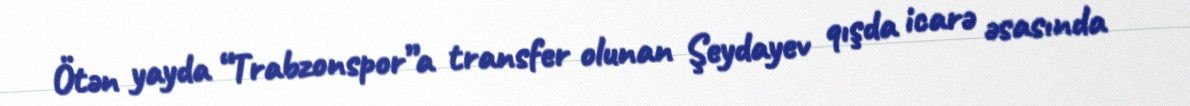
Ötən yayda “Trabzonspor”a transfer olunan Şeydayev qışda icarə əsasında